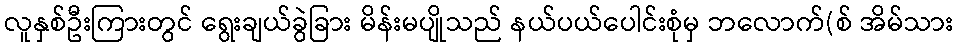
လူနှစ်ဦးကြားတွင် ရွေးချယ်ခွဲခြား မိန်းမပျိုသည် နယ်ပယ်ပေါင်းစုံမှ ဘလောက်(စ် အိမ်သား